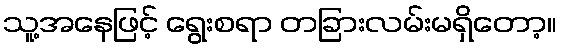
သူ့အနေဖြင့် ရွေးစရာ တခြားလမ်းမရှိတော့။